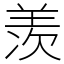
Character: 羡